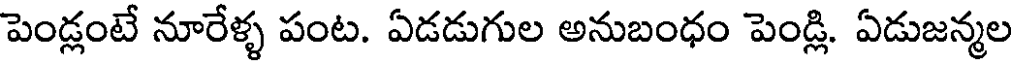
పెండ్లంటే నూరేళ్ళ పంట. ఏడడుగుల అనుబంధం పెండ్లి. ఏడుజన్మల